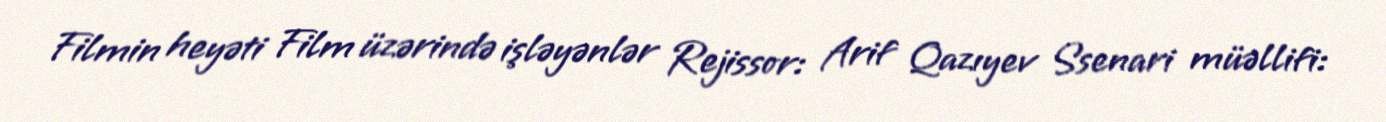
Filmin heyəti Film üzərində işləyənlər Rejissor: Arif Qazıyev Ssenari müəllifi: